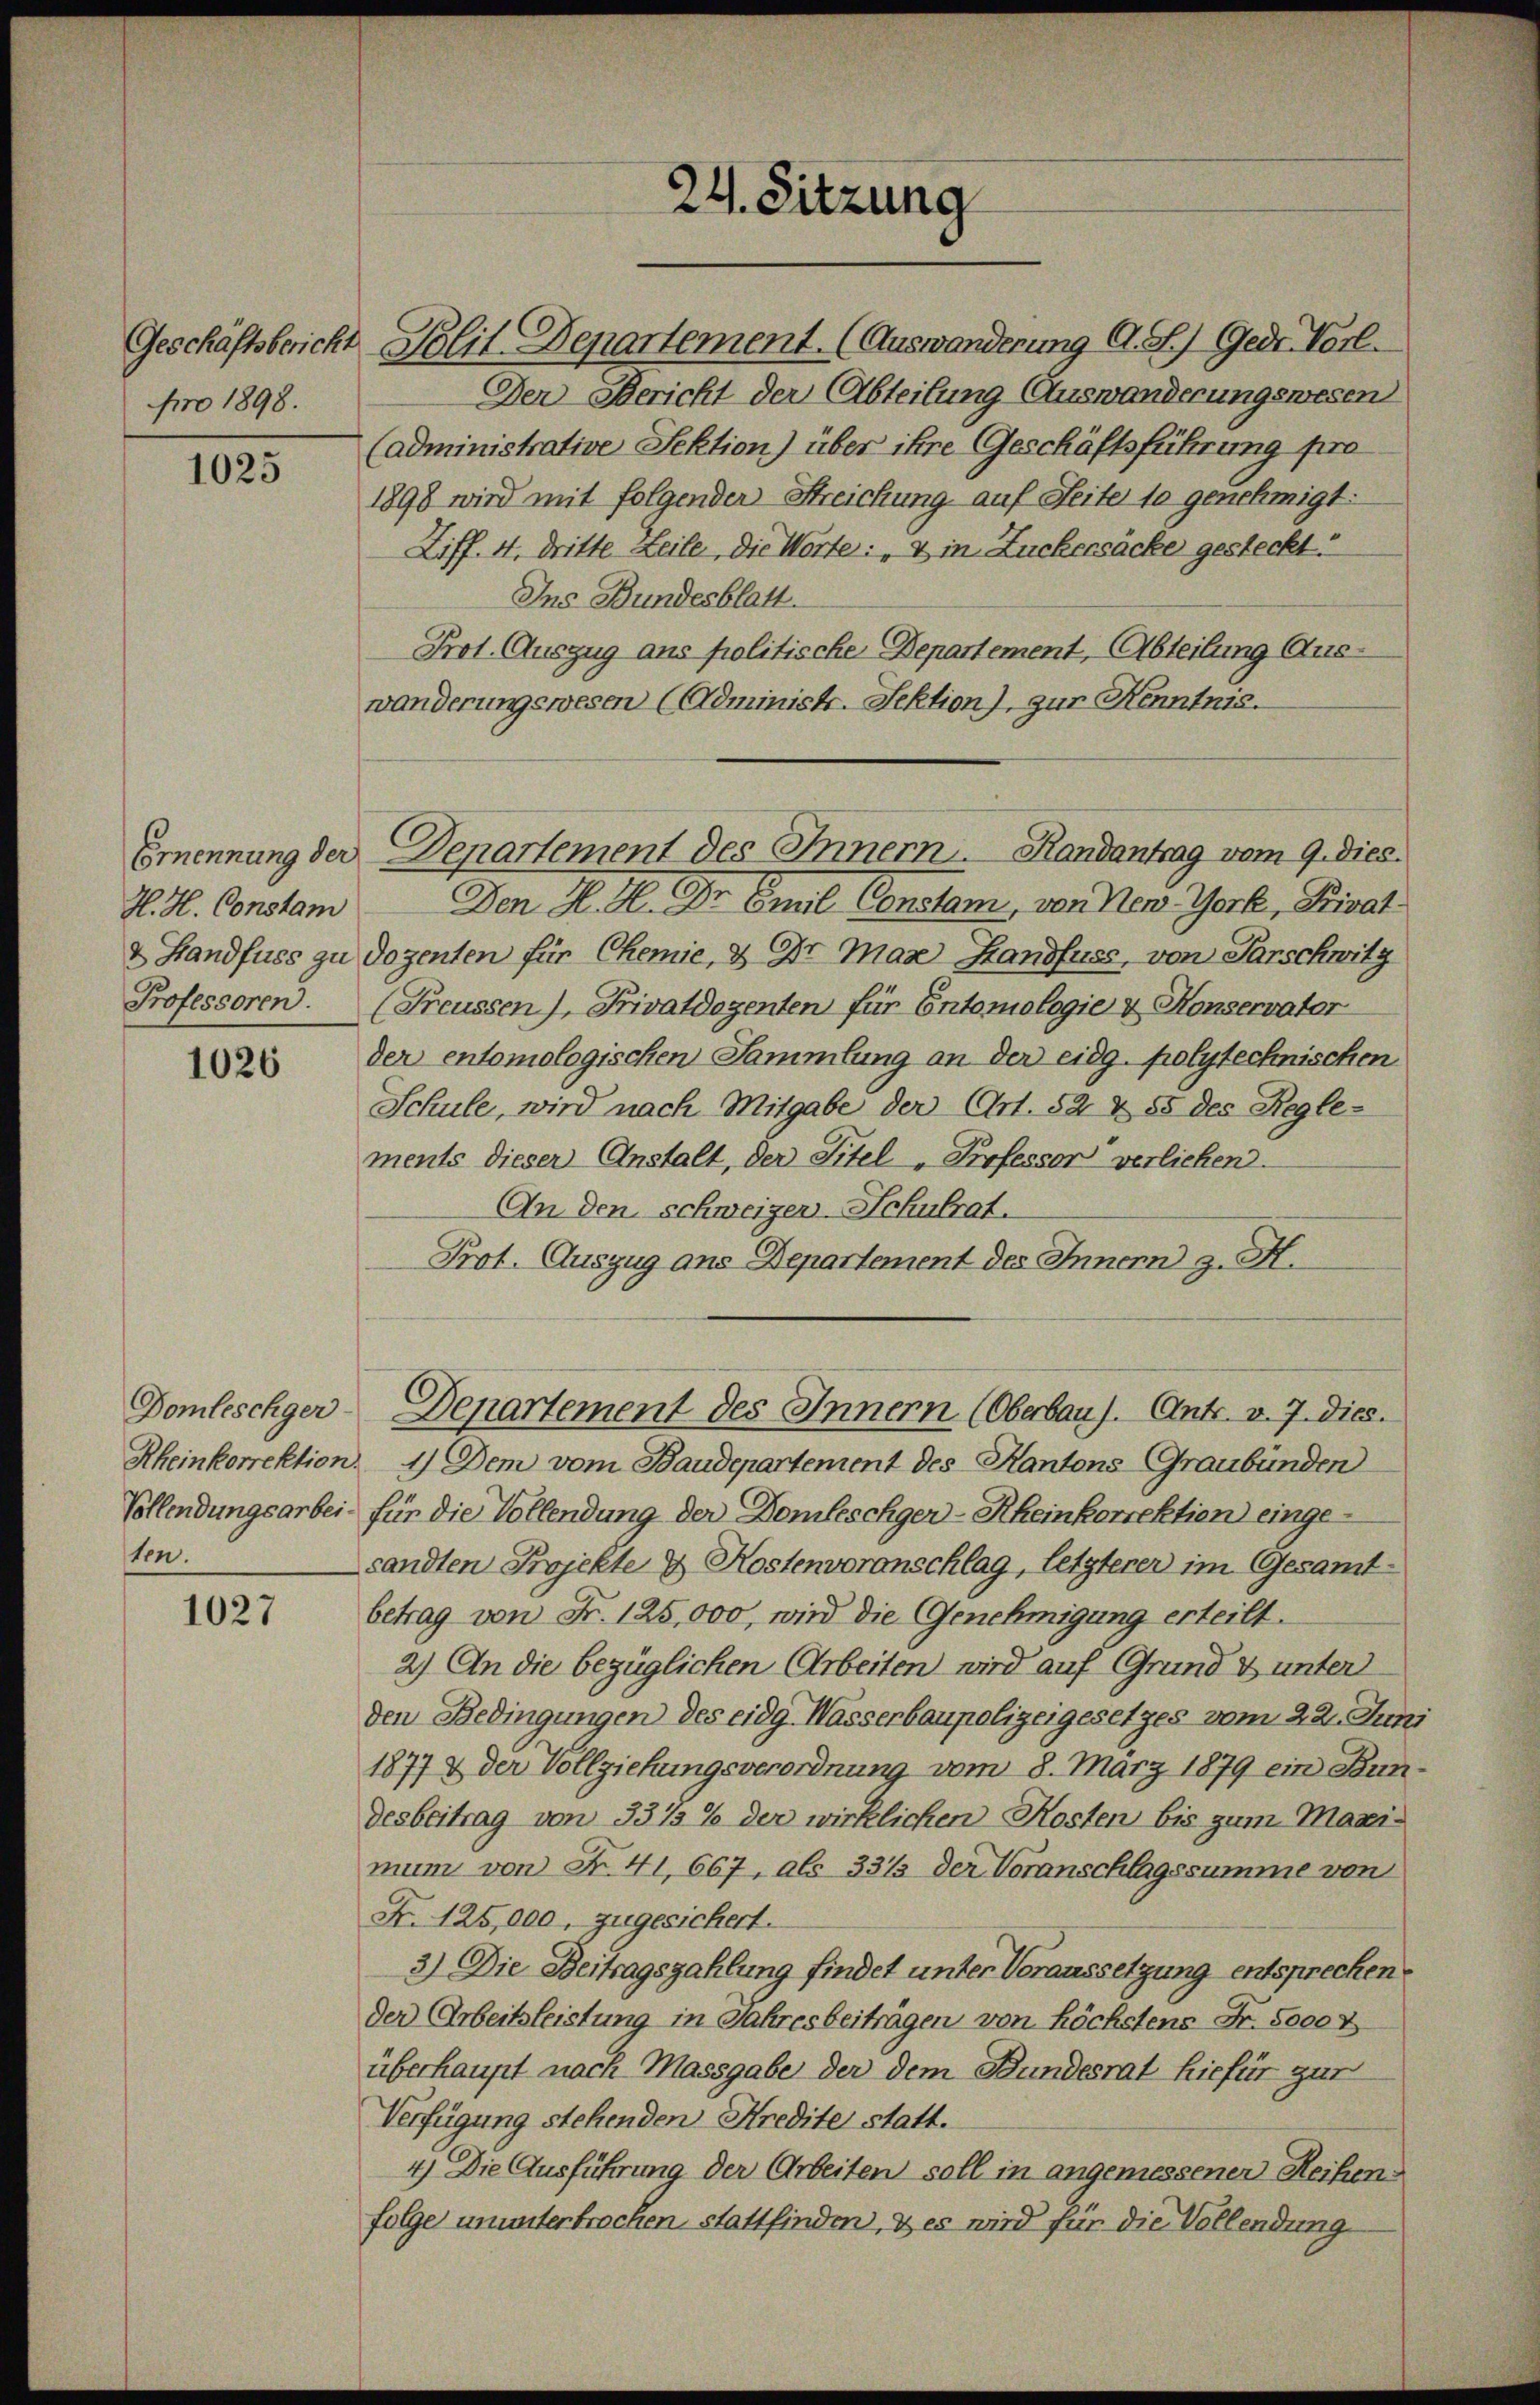
Geschäftsbericht
pro 1898.

1025

1026

Domleschger-
Rheinkorrektion.
ten.

1027

H. H. Constam

Polit. Departement. (Auswanderung A. St. Gedr. Vorl
Der Bericht der Abteilung Auswanderungswesen
(administrative Sektion) über ihre Geschäftsführung pro
1898 wird mit folgender Streichung auf Seiter so genehmigt:
Ziff. 4, dritte Leile, die Worte: „& in Zuckersäcke gesteckt.
Ins Bundesblatt.
Prot. Auszug aus politische Departement, Abteilung Auswänderungswesen (Administr. Sektion), zur Kenntnis.
Den H. H. Dr Emil Constam, von New-York, Privat¬
& Handfuss zu Dozenten für Chemie, 2 Dr. Max Handfuss, von Parschwitz
Professoren. (Freussen), Privatdozenten für Entomologie & Konservater
der entomologischen Sammlung an der eidg. polytechnischen
Schule, wird nach Mitgabe der Art. 52 & 55 des Regle-
ments dieser Anstalt, der Titel-Professor verliehen.
An den schweizer-Schulrat.
Prot. Auszug ans Departement des Innern z. H.
Denartement des Innern (Oberbaus. Antr. v. 7. dies.
1.) Dem vom Baudepartement des Kantons Graubünden
Vollendungsarbei für die Vollendung der Domfeschger-Rheinkorrektion eingesandten Projekte u. Kostenvoranschlag, letzterer im Gesamt-
betrag von Fr. 125,000, wird die Genehmigung erteilt.
2) An die bezüglichen Arbeiten wird auf Grund & unter
den Bedingungen des eidg. Wasserbaupolizeigesetzes vom 22. Jun.
1877 & der Vollziehungsverordnung vom 8. März 1879 ein Bun
desbeitrag von 3315% der wirklichen Kosten bis zum Maxi-
mum von N. 41, 667, als 3313 der Voranschlagssumme von
Fr. 125,000 zugesichert.
3.) Die Beitragszahlung findet unter Voraussetzung entsprechen.
der Arbeitsleistung in Jahresbeiträgen von höchstens Fr. 5000 z
überhaupt nach Massgabe der dem Bundesrat hiefür zur
Verfügung stehenden Kredite statt.
4.) Die Ausführung der Arbeiten soll in angemessener Reihen
folge ununterbrachen, stattfinden, & es wird für die Vollendung

24. Sitzung

Ernennung der Denartement des Innern. Randantrag vom 9. dies